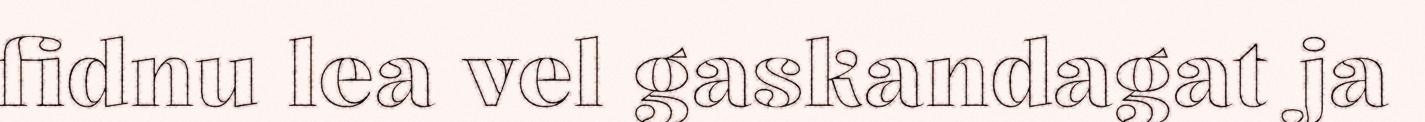
fidnu lea vel gaskandagat ja